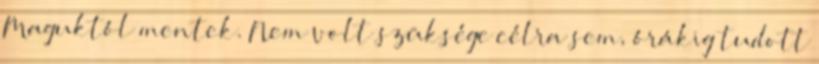
Maguktól mentek. Nem volt szüksége célra sem, órákig tudott